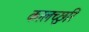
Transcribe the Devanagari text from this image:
कालच्छुरि